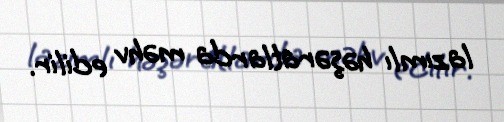
lazımlı həşəratlarda məhv edilir.